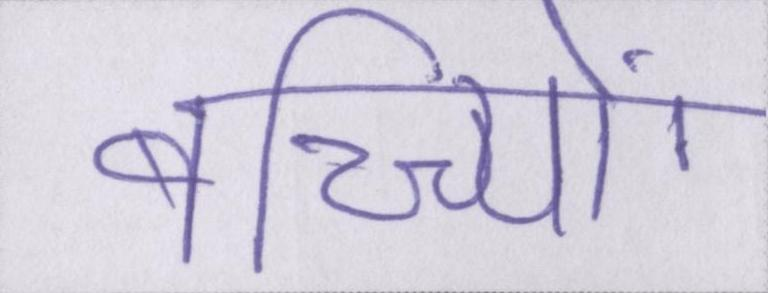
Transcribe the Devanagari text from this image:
बच्च्यिों